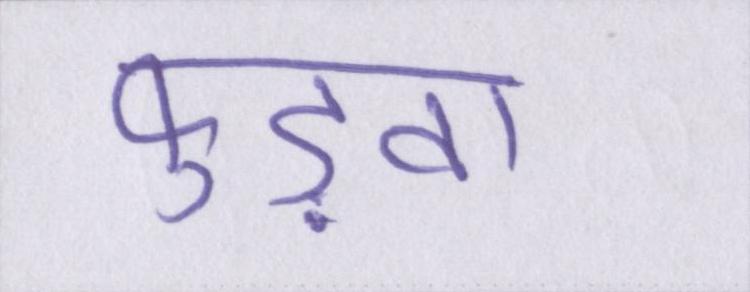
फुड़वा